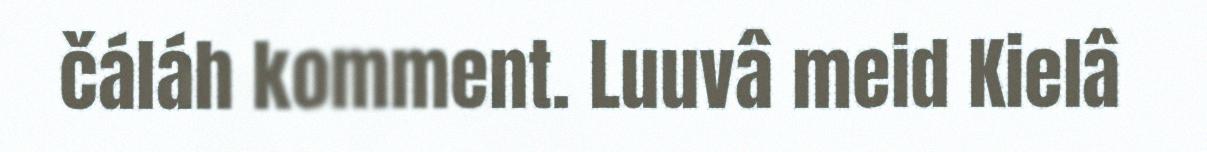
čáláh komment. Luuvâ meid Kielâ